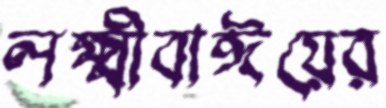
লক্ষ্মীবাঈয়ের